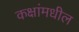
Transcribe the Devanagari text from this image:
कक्षांमधील